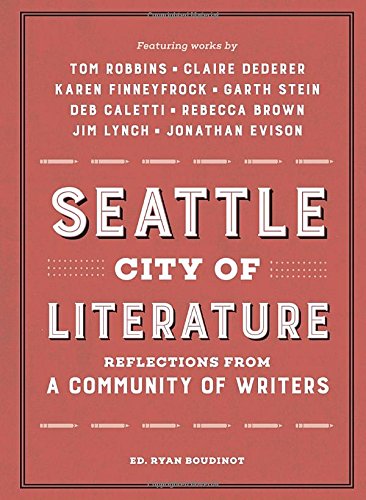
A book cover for Seattle City of Literature: Reflections from a Community of Writers; Travel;